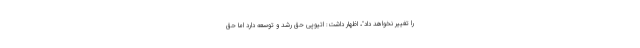
را تغییر نخواهد داد"، اظهار داشت: اتیوپی حق رشد و توسعه دارد اما حق